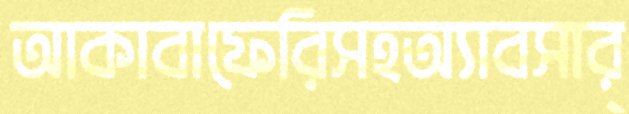
আকাবাফেরিসহঅ্যাবসার্